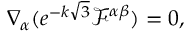
\nabla _ { \alpha } ( e ^ { - k \sqrt { 3 } } \mathcal { F } ^ { \alpha \beta } ) = 0 ,